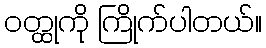
ဝတ္ထုကို ကြိုက်ပါတယ်။